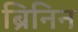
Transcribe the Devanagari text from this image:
ब्रिनिन